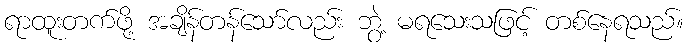
ရာထူးတက်ဖို့ အချိန်တန်သော်လည်း ဘွဲ့ မရသေးသဖြင့် တစ်နေရသည်။